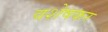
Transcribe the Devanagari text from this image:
वशेषकर